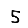
Digit: 5